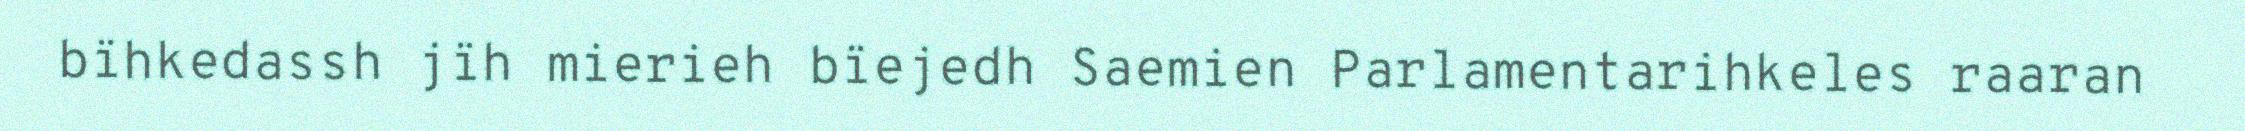
bïhkedassh jïh mierieh bïejedh Saemien Parlamentarihkeles raaran